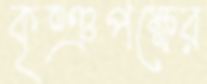
কৃষ্ঞপক্ষের